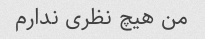
من هیچ نظری ندارم